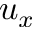
u _ { x }